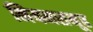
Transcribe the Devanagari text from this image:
नियमसमूह